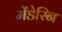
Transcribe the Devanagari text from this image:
मेंडेरिन